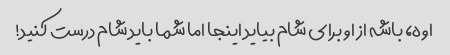
اوه، باشه از او برای شام بیاید اینجا اما شما باید شام درست کنید!